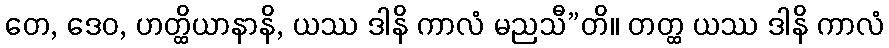
တေ, ဒေဝ, ဟတ္ထိယာနာနိ, ယဿ ဒါနိ ကာလံ မညသီ”တိ။ တတ္ထ ယဿ ဒါနိ ကာလံ